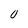
Character: 0